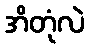
အိတုံလဲ